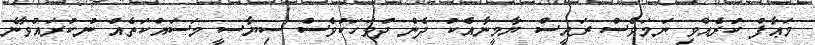
މަޢާފް ކުރެއްވި ނަމަވެސް ރައީސް ޔާމީނާއެކު ދެން ދުވަހަކުވެސް ސިޔާސީ މަސައްކަތެއް ނުކުރައްވާނެ